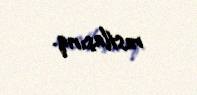
rastlaşırıq.